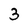
Character: 3